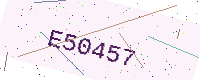
Text: E50457